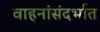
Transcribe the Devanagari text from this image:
वाहनांसंदर्भात